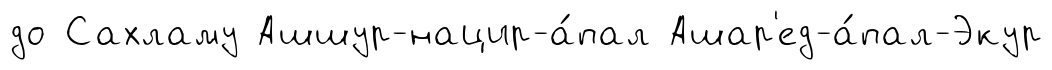
до Сахламу Ашшур-нацир-а́пал Ашар'ед-а́пал-Экур